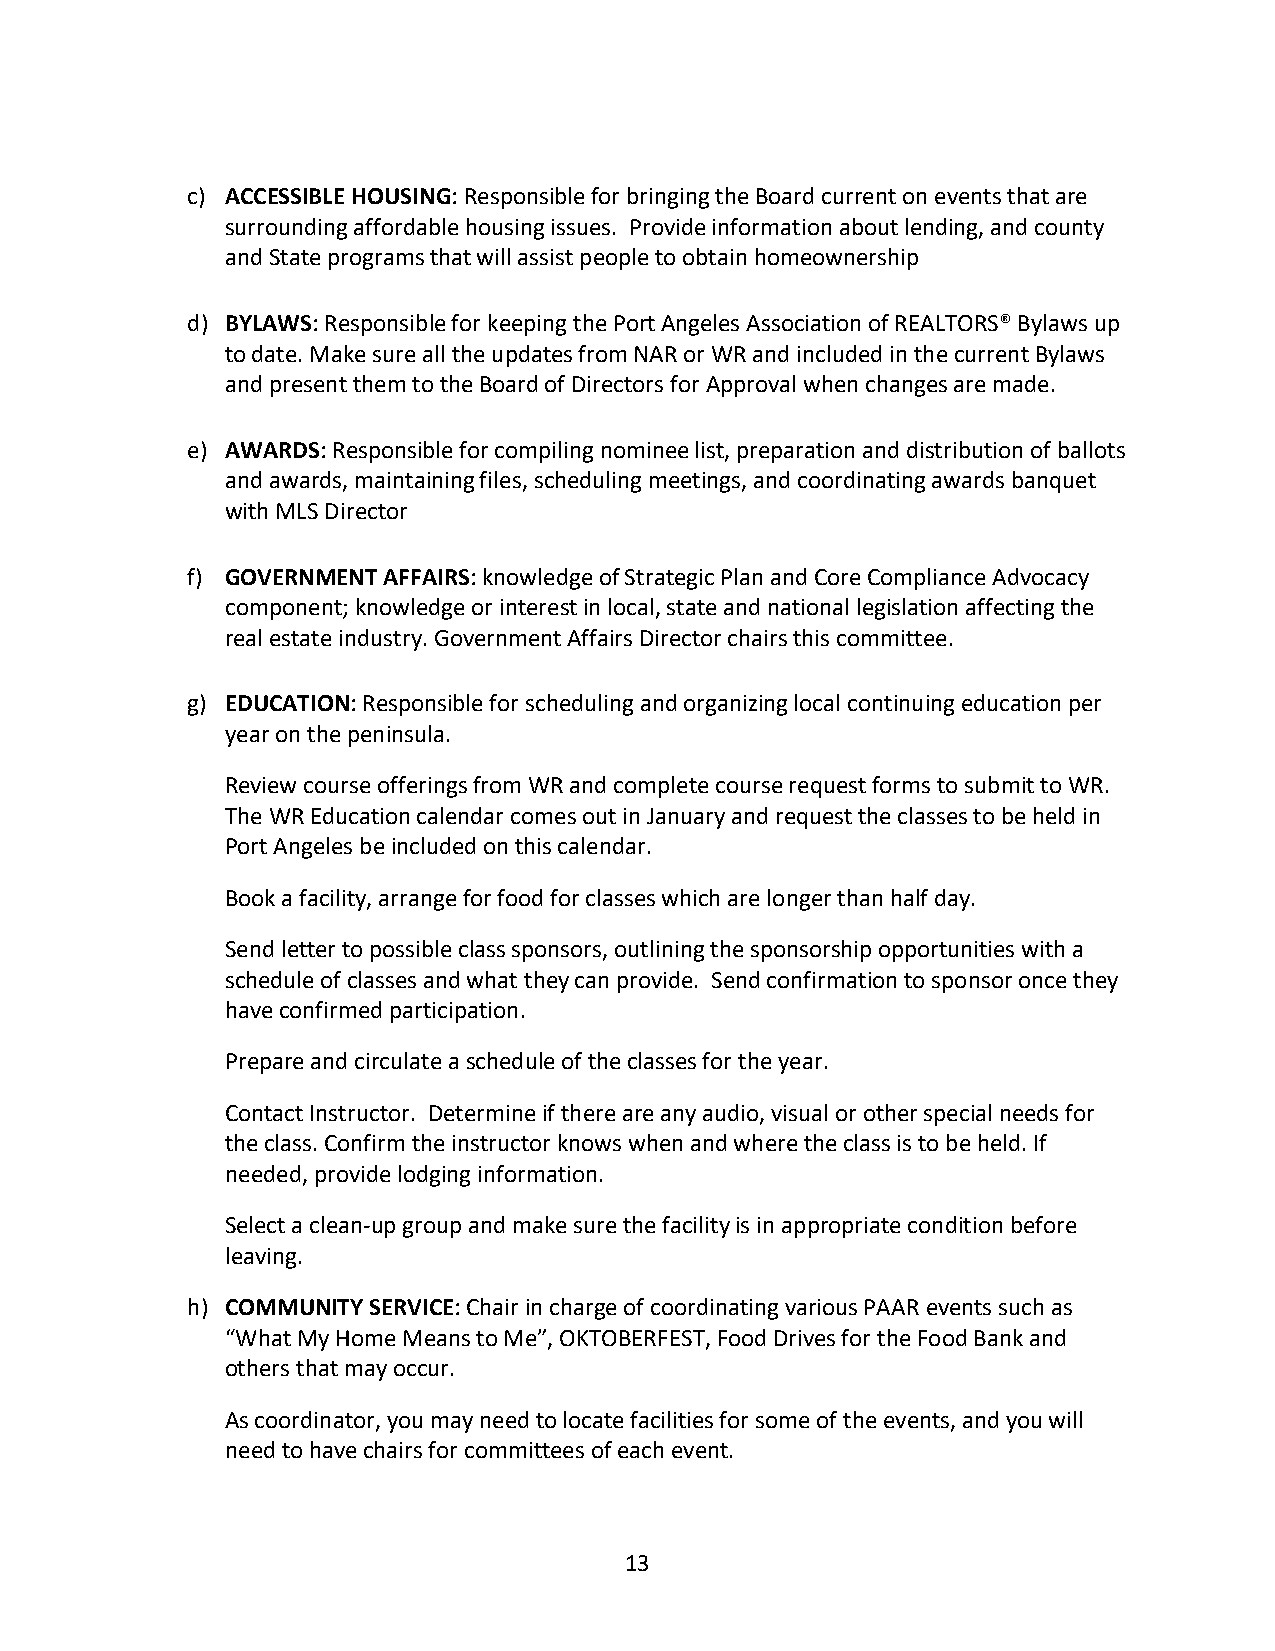
c) ACCESSIBLE HOUSING: Responsible for bringing the Board current on events that are
 surrounding affordable housing issues. Provide information about lending, and county
 and State programs that will assist people to obtain homeownership
 d) BYLAWS: Responsible for keeping the Port Angeles Association of REALTORS® Bylaws up
 to date. Make sure all the updates from NAR or WR and included in the current Bylaws
 and present them to the Board of Directors for Approval when changes are made.
 e) AWARDS: Responsible for compiling nominee list, preparation and distribution of ballots
 and awards, maintaining files, scheduling meetings, and coordinating awards banquet
 with MLS Director
 f) GOVERNMENT AFFAIRS: knowledge of Strategic Plan and Core Compliance Advocacy
 component; knowledge or interest in local, state and national legislation affecting the
 real estate industry. Government Affairs Director chairs this committee.
 g) EDUCATION: Responsible for scheduling and organizing local continuing education per
 year on the peninsula.
 Review course offerings from WR and complete course request forms to submit to WR.
 The WR Education calendar comes out in January and request the classes to be held in
 Port Angeles be included on this calendar.
 Book a facility, arrange for food for classes which are longer than half day.
 Send letter to possible class sponsors, outlining the sponsorship opportunities with a
 schedule of classes and what they can provide. Send confirmation to sponsor once they
 have confirmed participation.
 Prepare and circulate a schedule of the classes for the year.
 Contact Instructor. Determine if there are any audio, visual or other special needs for
 the class. Confirm the instructor knows when and where the class is to be held. If
 needed, provide lodging information.
 Select a clean-up group and make sure the facility is in appropriate condition before
 leaving.
 h) COMMUNITY SERVICE: Chair in charge of coordinating various PAAR events such as
 “What My Home Means to Me”, OKTOBERFEST, Food Drives for the Food Bank and
 others that may occur.
 As coordinator, you may need to locate facilities for some of the events, and you will
 need to have chairs for committees of each event.
 13